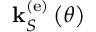
{ \bf k } _ { S } ^ { \left( \mathrm { e } \right) } \left( \theta \right)